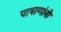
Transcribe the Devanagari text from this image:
पाषाणांनी